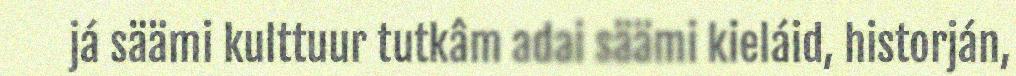
já säämi kulttuur tutkâm adai säämi kieláid, historján,